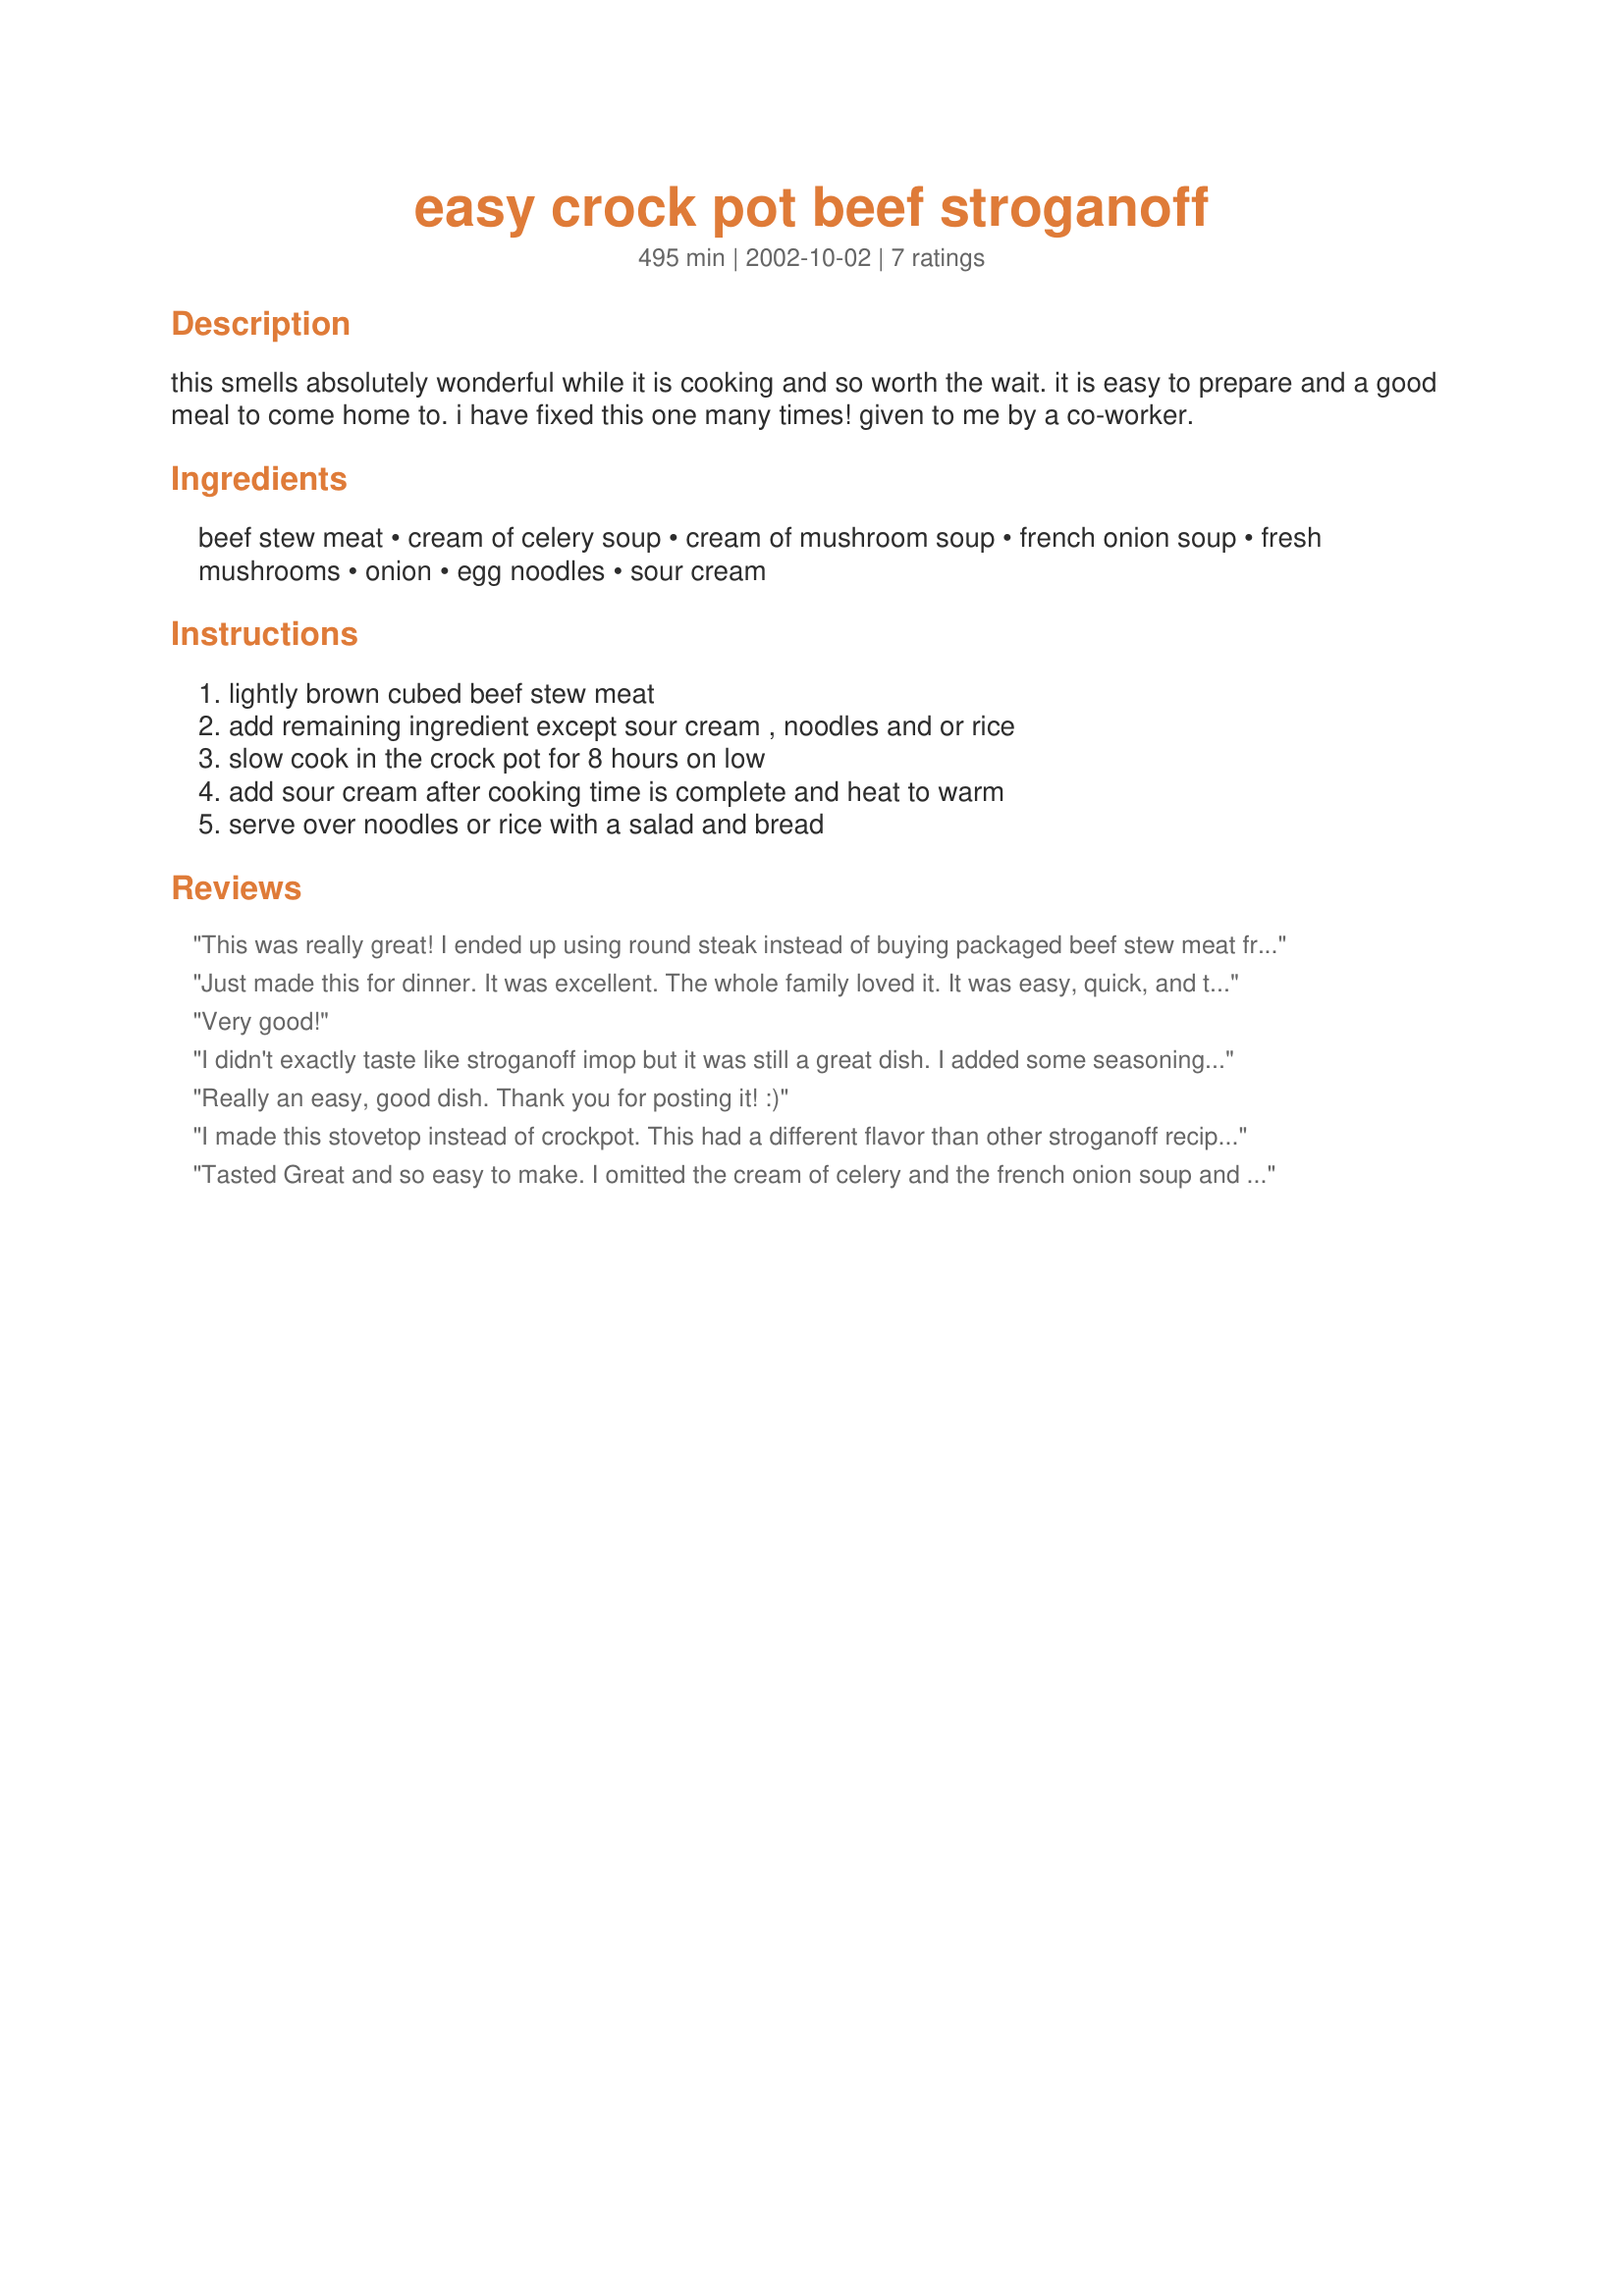
easy crock pot beef stroganoff
Preparation time: 495 minutes

this smells absolutely wonderful while it is cooking and so worth the wait. it is easy to prepare and a good meal to come home to. i have fixed this one many times! given to me by a co-worker.

Ingredients:
beef stew meat, cream of celery soup, cream of mushroom soup, french onion soup, fresh mushrooms, onion, egg noodles, sour cream

Steps:
lightly brown cubed beef stew meat, add remaining ingredient except sour cream , noodles and or rice, slow cook in the crock pot for 8 hours on low, add sour cream after cooking time is complete and heat to warm, serve over noodles or rice with a salad and bread

Reviews:
This was really great! I ended up using round steak instead of buying packaged beef stew meat from the store. I didn't add any extra mushrooms or onions. I did add pepper and garlic salt to it. I served it over noodles.
Just made this for dinner. It was excellent. The whole family loved it. It was easy, quick, and tasted like I'd made a gourmet meal. Served it over noodles, added a salad. Followed the recipe exaxtly.
Thanks for posting!
Very good!
I didn't exactly taste like stroganoff imop but it was still a great dish. I added some seasoning salt to the meat which I didn't bother browning. Next time I'll add double the amount of mushrooms, they were my favorite part.
Really an easy, good dish. Thank you for posting it! :)
I made this stovetop instead of crockpot. This had a different flavor than other stroganoff recipes b/c of the french onion soup, but it is definitely a good change. Thanks for sharing!
Tasted Great and so easy to make. I omitted the cream of celery and the french onion soup and instead used 1 can of beef broth and a 1 cup of sherry. I also used 2 cans of the golden mushroom soup and added about 1 tablespoon minced garlic. It was delicious and tasted as good as my moms (who in my opinion makes the best beef stroganoff) Thanks for the crockpot recipe! I will definitely be making this one again and again!
